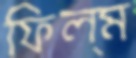
ফিল্ম